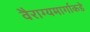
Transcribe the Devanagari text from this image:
वैराग्यमार्गाकडे